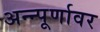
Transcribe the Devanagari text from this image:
अन्न्पूर्णावर